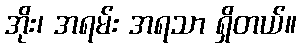
အိုး၊ အရမ်း အရသာ ရှိတယ်။